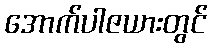
အောက်ပါဇယားတွင်